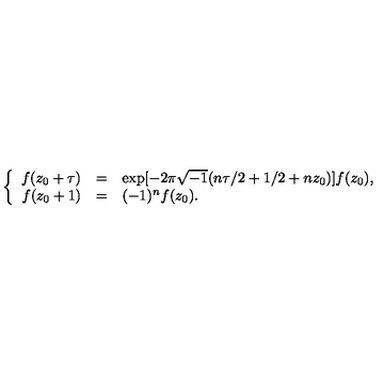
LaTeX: \left\{ \begin{array} { r c l } { f ( z _ { 0 } + \tau ) } & { = } & { \exp [ - 2 \pi \sqrt { - 1 } ( n \tau / 2 + 1 / 2 + n z _ { 0 } ) ] f ( z _ { 0 } ) , } \\ { f ( z _ { 0 } + 1 ) } & { = } & { ( - 1 ) ^ { n } f ( z _ { 0 } ) . } \\ \end{array} \right.